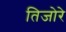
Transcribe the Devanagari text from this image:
तिजोरे